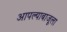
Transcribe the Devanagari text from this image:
आपल्याबाजूला